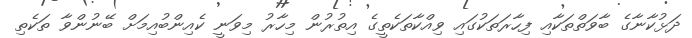
ދަޅުކާނާގެ ބާވަތްތަކާއިި ފިހާރަތަކުގައި ވިއްކާތަކެތީގެ އިތުރުން މިހާރު މިވަނީ ކެއިންބުއިމަށް ބޭނުންވާ ތަކެތި